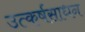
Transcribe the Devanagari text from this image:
उत्कर्षसाधन